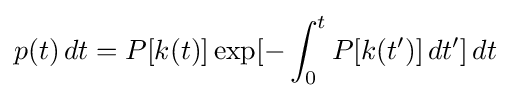
p(t)\,dt=P[k(t)]\exp[-\int _{0}^{t}P[k(t')]\,dt']\,dt